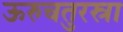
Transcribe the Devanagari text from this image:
ऊरुचतुरस्रा